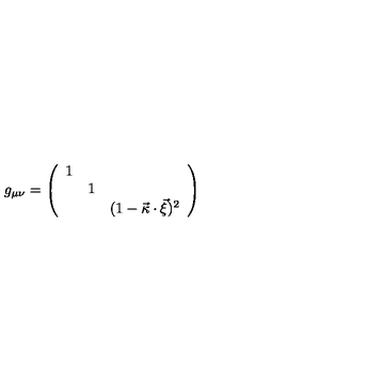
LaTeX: g _ { \mu \nu } = \left( \begin{array} { c c c } { 1 } & { } & { } \\ { } & { 1 } & { } \\ { } & { } & { ( 1 - \vec { \kappa } \cdot \vec { \xi } ) ^ { 2 } } \\ \end{array} \right)